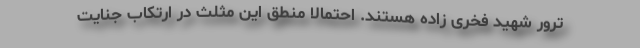
ترور شهید فخری زاده هستند. احتمالاً منطق این مثلث در ارتکاب جنایت